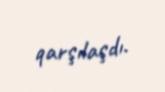
qarşılaşdı.